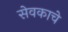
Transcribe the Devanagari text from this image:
सेवकाचे